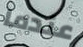
عندما